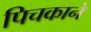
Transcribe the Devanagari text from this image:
पिचकाने